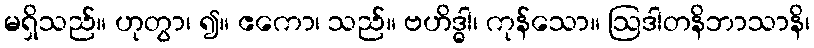
မရှိသည်။ ဟုတွာ၊ ၍။ ဧကော၊ သည်။ ဗဟိဒ္ဓါ၊ ကုန်သော။ ဩဒါတနိဘာသာနိ၊